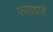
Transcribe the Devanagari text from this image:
फणाधारी